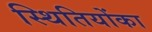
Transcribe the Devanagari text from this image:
स्थितियोंका